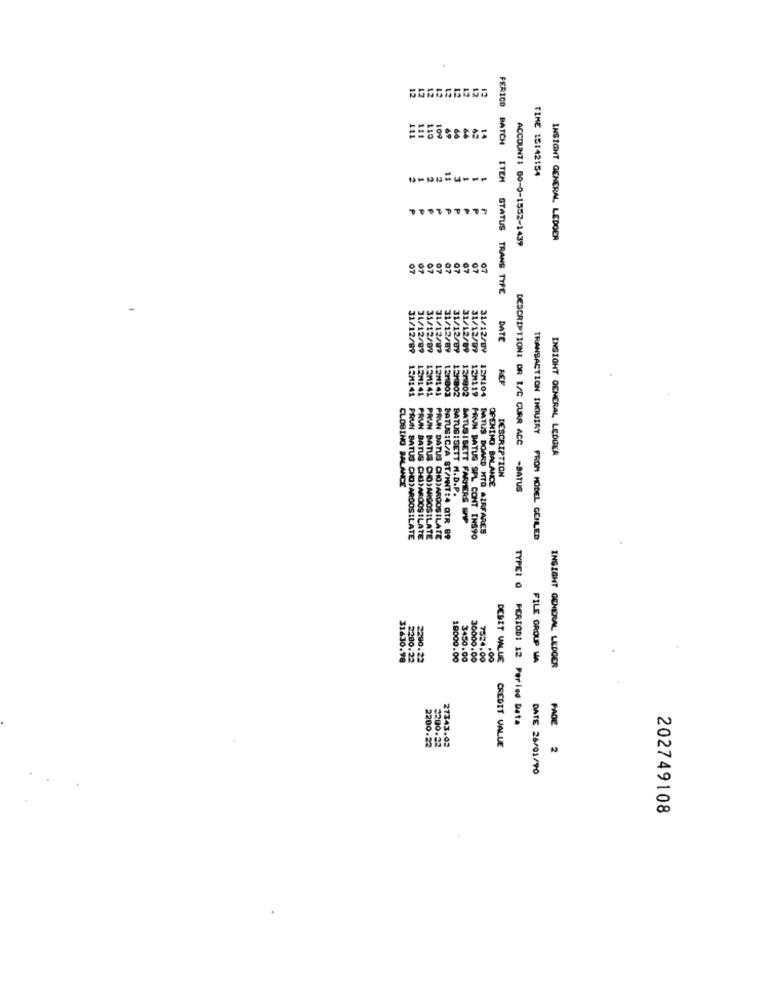
110
109
42
14
TIME 15:42154
ACCOUNT: 00-0-1552-1439
INSIGHT GENERAL, LEDOER
07
07
07
07
07
67
FERICO BATCH ITEM STATUS TRANS TYPE
DATE
31/12/09
31/12/89
31/12/09
31/12/09
31/12/89
31/12/89
31/12/09
31/12/09
31/12/09
13M141
15M141
13M141
12H141
12M003
12H802
12/902
12M119
120104
TRANSACTION INQUIRY
DESCRIPTION: OR L/C CURR ACC
INSIGHT GENERAL LEDGER
DESCRIPTION
CLOSING BALANCE
OPENING BALANCE
-BATUS
BATUS: SETT H.D.P.
BATUS I SETT FARMERS SAP
BATUS BOARD MTO AIRFARES
PRUN BATUS CHOJAROOSILATE
PRUN BATUS CHOMAROOSILATE
PRUN BATUS CHO)ARGOSILATE
PRUN DATUS CHOJARCOSILATE
PATUSIC/A ST/INT:4 QTR 89
FRUN BATUS SPL CONT INSTO
FROM HODEL GENLED
TYPE1 0
31630.98
2280.22
2290.22
19000.00
3450.00
30000.00
7524.00
.00
DEBIT VALLE
PILE GROUP WA
INSIGHT GENERAL LEDGER
PERIOD: 12 Period Data
PAGE
27343.02
2200-22
3200.22
CREDIT VALUE
2
DATE 26/01/90
202749108